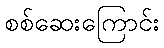
စစ်ဆေးကြောင်း